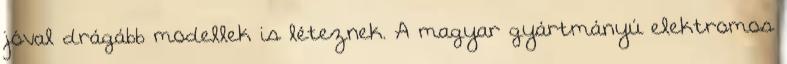
jóval drágább modellek is léteznek. A magyar gyártmányú elektromos